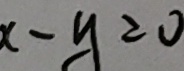
x - y \geqslant 0